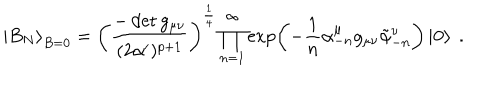
\left| B _ { N } \right\rangle _ { B = 0 } = \left( \frac { - \det g _ { \mu \nu } } { ( 2 \alpha ^ { \prime } ) ^ { p + 1 } } \right) ^ { \frac { 1 } { 4 } } \prod _ { n = 1 } ^ { \infty } \exp \left( - \frac { 1 } { n } \alpha _ { - n } ^ { \mu } g _ { \mu \nu } \tilde { \alpha } _ { - n } ^ { \nu } \right) \left| \mathbf { 0 } \right\rangle ~ .